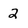
Character: 2